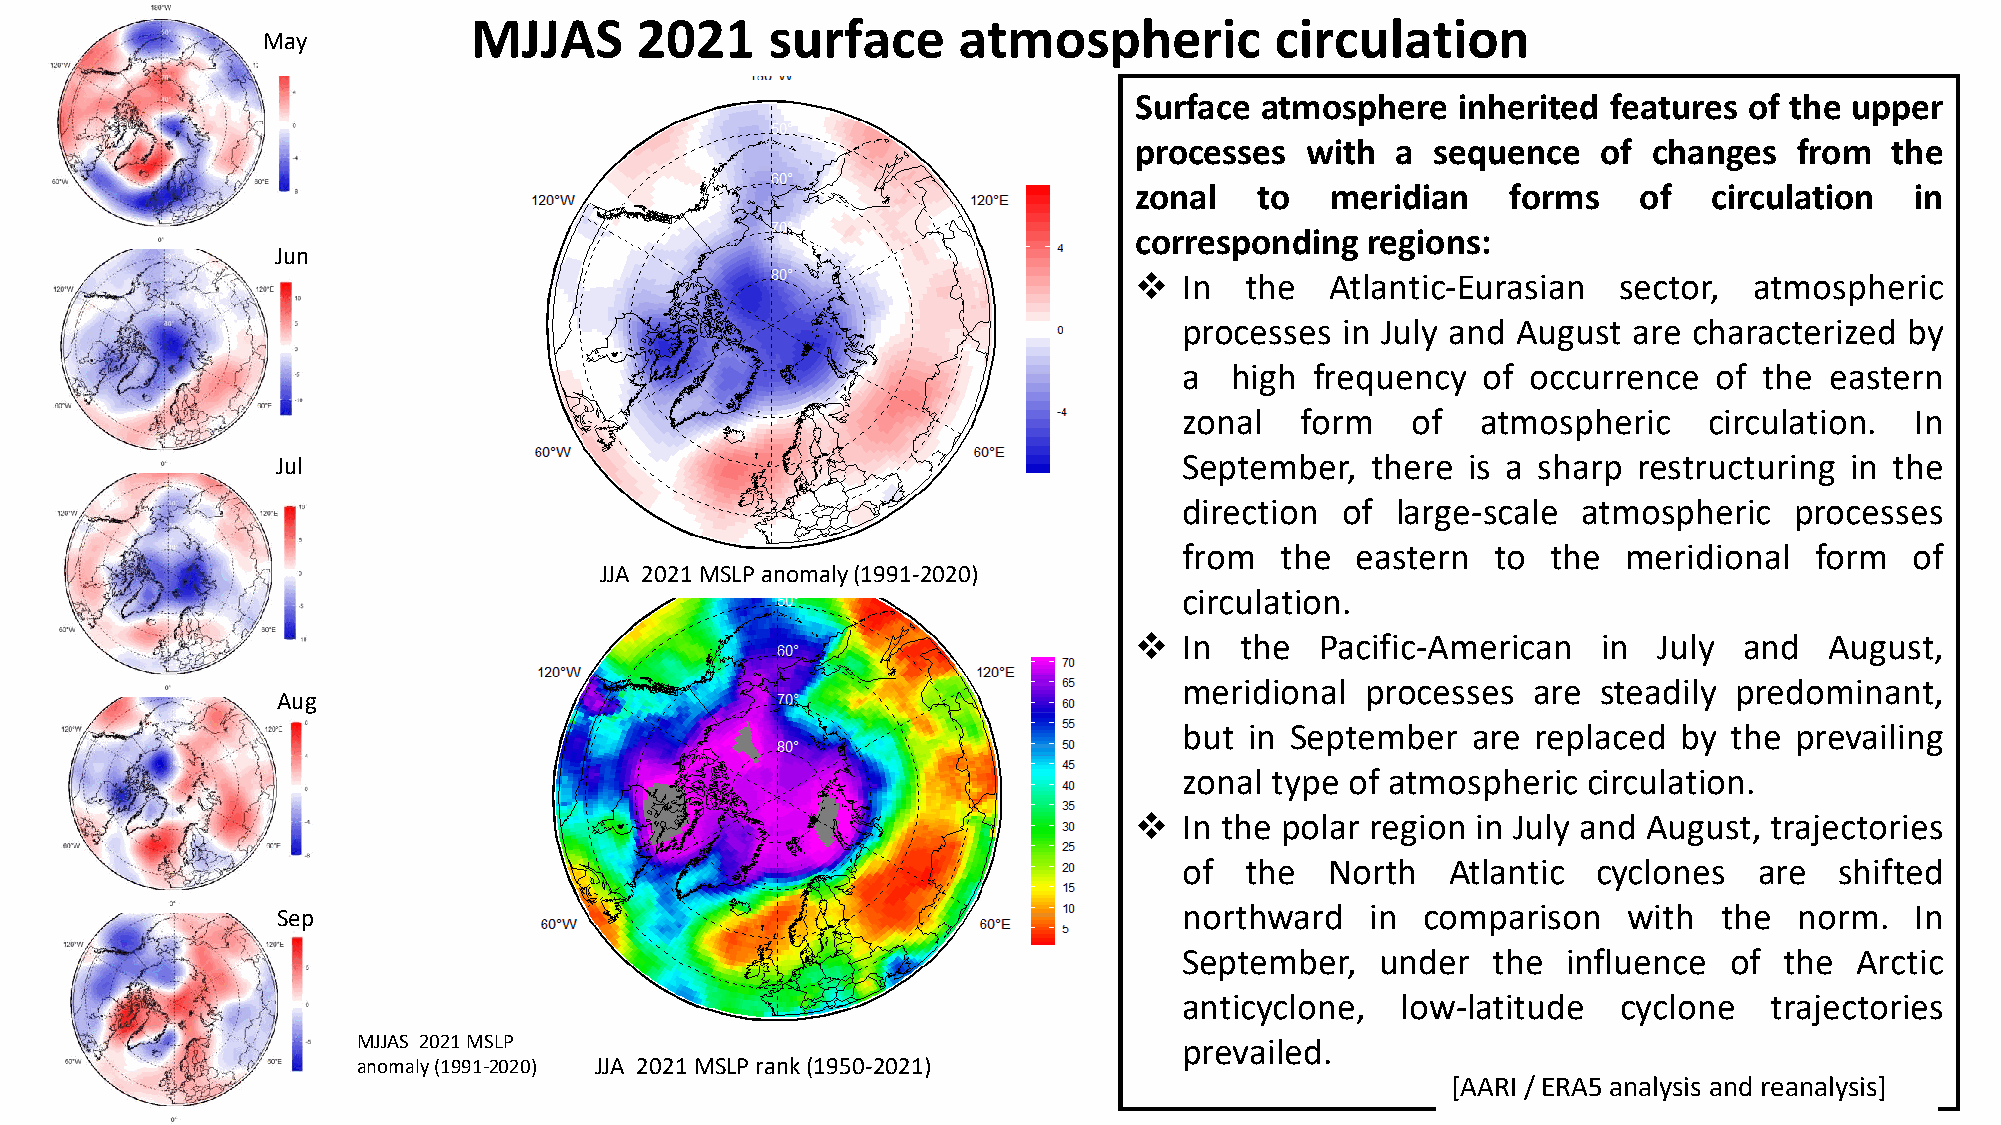
MJJAS      2021     surface     atmospheric          circulation
 May
 Surface atmosphere   inherited  features of the upper
 processes  with  a  sequence   of changes   from  the
 zonal   to   meridian    forms   of   circulation   in
 corresponding  regions:
 Jun
 ❖  In  the   Atlantic-Eurasian  sector,  atmospheric
 processes  in July and August are characterized by
 a  high  frequency  of occurrence   of the eastern
 zonal   form   of   atmospheric    circulation.  In
 Jul                                                         September,   there is a sharp restructuring in the
 direction  of large-scale  atmospheric   processes
 from   the  eastern  to  the  meridional  form   of
 JJA 2021 MSLP anomaly (1991-2020)
 circulation.
 ❖  In  the  Pacific-American   in  July and   August,
 meridional  processes  are  steadily predominant,
 Aug
 but  in September  are  replaced by  the prevailing
 zonal type of atmospheric  circulation.
 ❖  In the polar region in July and August, trajectories
 of  the   North   Atlantic  cyclones  are   shifted
 northward    in comparison    with  the  norm.   In
 Sep
 September,   under   the  influence of  the  Arctic
 anticyclone,   low-latitude  cyclone   trajectories
 MJJAS 2021 MSLP                                       prevailed.
 anomaly (1991-2020) JJA 2021 MSLP rank (1950-2021)
 [AARI / ERA5 analysis and reanalysis]